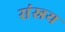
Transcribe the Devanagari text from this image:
संस्रय